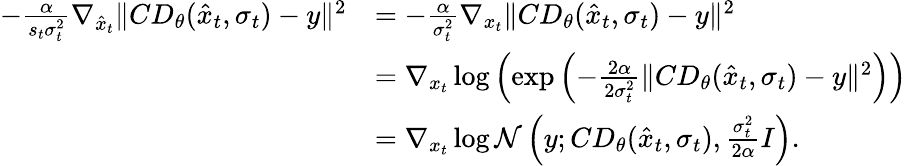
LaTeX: \begin{array}{rl}{-\frac{\alpha}{s_{t}\sigma_{t}^{2}}\nabla_{\hat{x}_{t}}\| CD_{\theta}(\hat{x}_{t},\sigma_{t})-y\| ^{2}}&{=-\frac{\alpha}{\sigma_{t}^{2}}\nabla_{x_{t}}\| CD_{\theta}(\hat{x}_{t},\sigma_{t})-y\| ^{2}}\\ &{=\nabla_{x_{t}}\log\left(\exp\left(-\frac{2\alpha}{2\sigma_{t}^{2}}\| CD_{\theta}(\hat{x}_{t},\sigma_{t})-y\| ^{2}\right)\right)}\\ &{=\nabla_{x_{t}}\log\mathcal{N}\left(y;CD_{\theta}(\hat{x}_{t},\sigma_{t}),\frac{\sigma_{t}^{2}}{2\alpha}I\right).}\end{array}